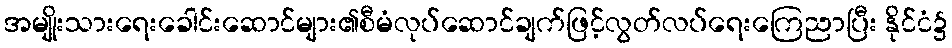
အမျိုးသားရေးခေါင်းဆောင်များ၏စီမံလုပ်ဆောင်ချက်ဖြင့်လွတ်လပ်ရေးကြေညာပြီး နိုင်ငံ၌